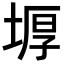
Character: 𡎋